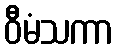
ဝီမံသကာ